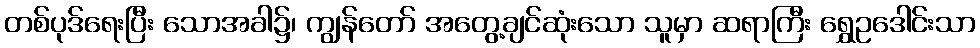
တစ်ပုဒ်ရေးပြီး သောအခါ၌၊ ကျွန်တော် အတွေ့ချင်ဆုံးသော သူမှာ ဆရာကြီး ရွှေဥဒေါင်းသာ